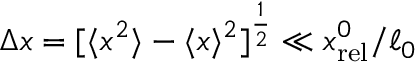
\Delta x = [ \langle x ^ { 2 } \rangle - \langle x \rangle ^ { 2 } ] ^ { \frac { 1 } { 2 } } \ll x _ { \mathrm { r e l } } ^ { 0 } / \ell _ { 0 }